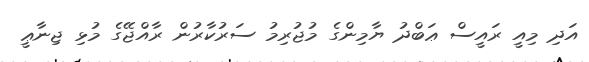
އަދި މިއީ ރައީސް ޢަބްދު ޔާމިންގެ މުޖުރިމު ސަރުކާރުން ރާއްޖޭގެ މުޅި ޖިނާޢީ